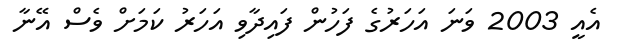
އެއީ 2003 ވަނަ އަހަރުގެ ފަހުން ފައިދާވި އަހަރު ކަމަށް ވެސް އޭނާ